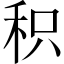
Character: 积